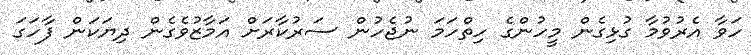
ހަވާ އެރުވުމާ ގުޅިގެން މީހުންގެ ހިތްހަމަ ނުޖެހުން ސަރުކާރަށް އަމާޒުވެގެން ދިޔަކަން ފާހަގަ